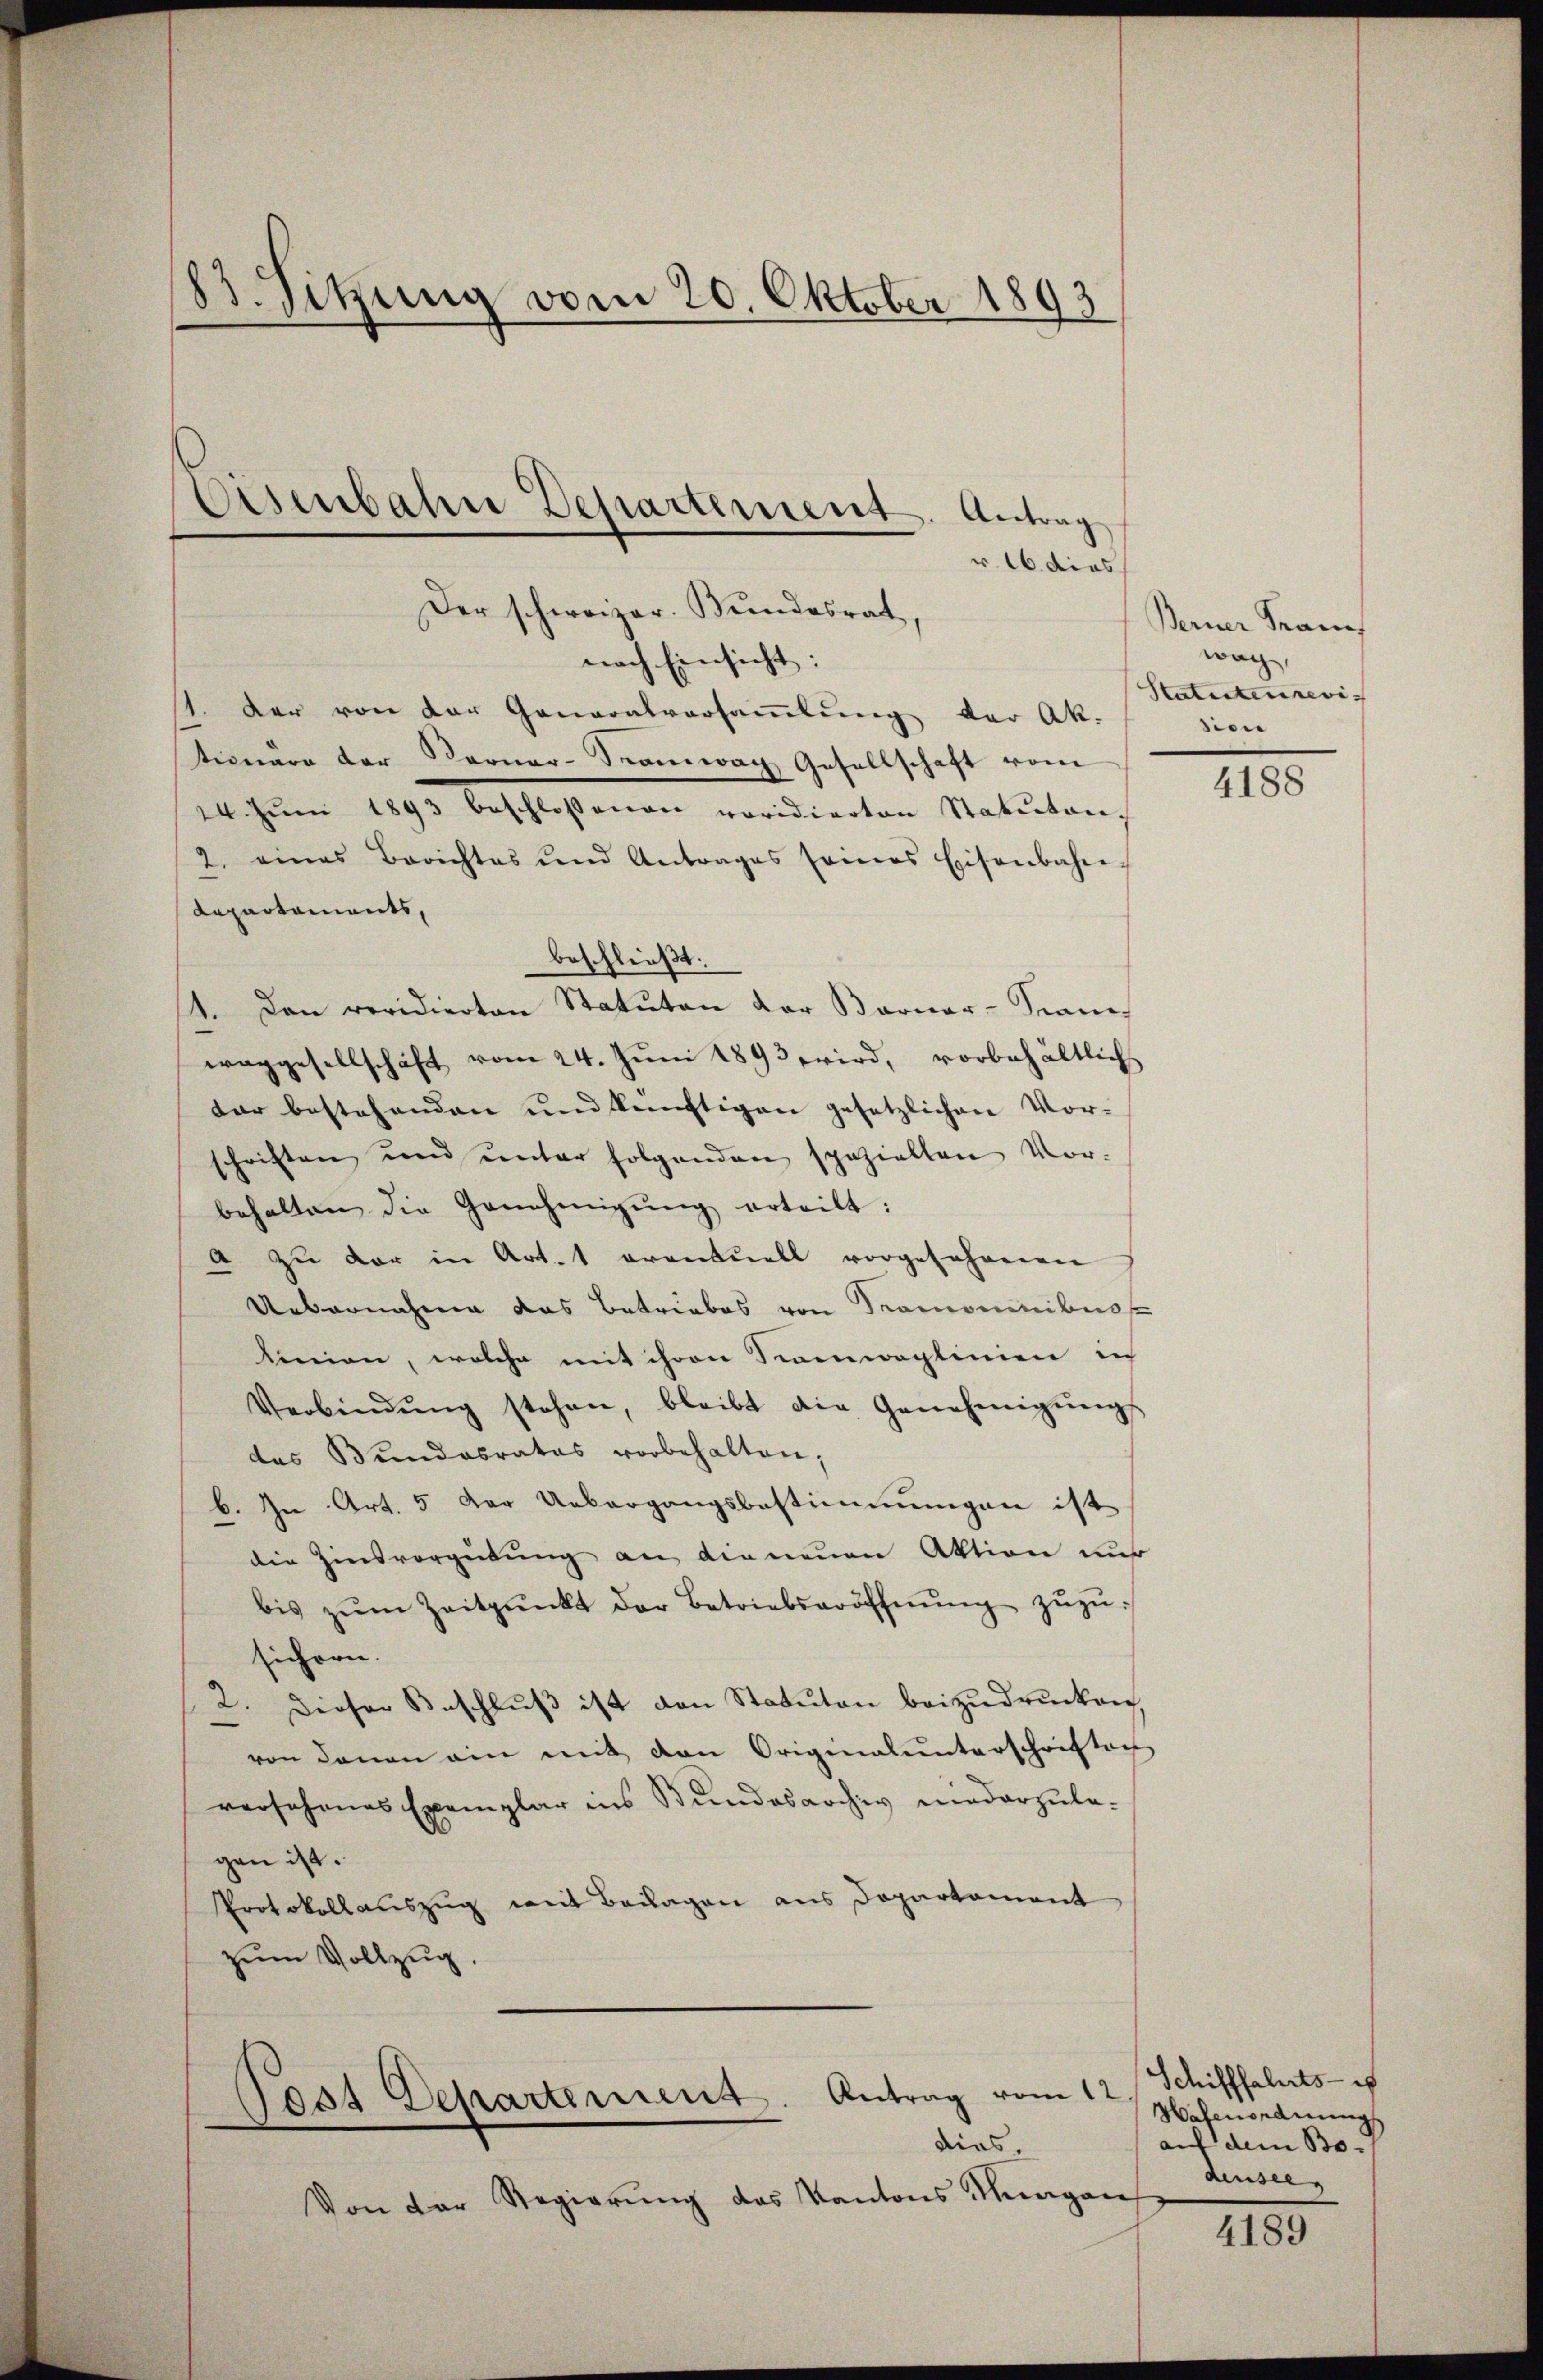
e
83. Sitzung vom 20. Oktober 1893

v. 16. dies
Der schweizer. Bundesrat
nach Einsicht:
st. Der von der Generalversaṁlŭng der Ak-
tionare der Berner-Tramwag Gesellschaft vom
24. Jŭni 1893 beschlossenen voridierten Statuten
2. eines Berichtes und Antrages seines Eisenbahne
Repartaments,
beschließt:
1. Den revidierten Statuten der Barner-Siani-
waggesellschaft vom 24. Juni 1893 wird, vorbehältlich
dar bestehenden und künftigen gesetzlichen Vor-
schriften und unter folgenden spezielten Vor-
behalten die Genehmigŭng erteilt:
a zu der in Art. 1 eventuell vorgesehenen
Uebernahme das Betriebes von Tramoninibus
linien, welche mit ihren Seeweglinien in
Verbindŭng stehen, bleibt die Genehmigŭngs-
das Bundesrates vorbehalten,
b. In Art. 5 der Uebergangsbestimmungen ist
die Zinsvergütung an die neuen Aktion nur
bis zŭm Zeitpunkt der Betriebseröffnŭng zŭzŭ-
sichern.
2. Dieser Beschlŭβ ist von Statuten beizudrucken,
von denen ein mit den Originalunterschriften
roschenes Exemplar ins Bundesarchiv niederzule-
gen ist.
Protokollauszug mit Beilagen aus Dopartament
zum Vollzug.

Eisenbahre Departement. Antrag

Von der Regierung des Kantons Tragen

Post Departement. Antrag vom 12.
dies.

Berner Trans
wach,
Statuteureri
dien

4188

Schifffahrts- u
Hafenordnung
auf dem Bo-
densee,

4189